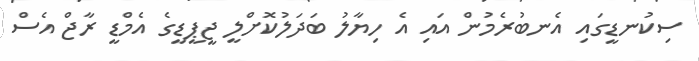
ސިކުނޑީގައި އެނބުރެމުން އައި އެ ހިޔާލު ބަދަލުކޮށްލީ ޖީޕީޑީގެ އެމްޑީ ރާޖް އެސް